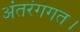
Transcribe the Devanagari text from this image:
अंतरंगगत।